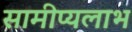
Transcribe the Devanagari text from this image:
सामीप्यलाभ